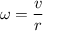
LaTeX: \omega = { \frac { v } { r } }